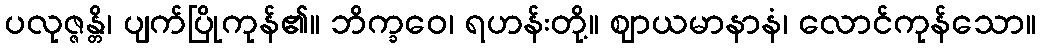
ပလုဇ္ဇန္တိ၊ ပျက်ပြိုကုန်၏။ ဘိက္ခဝေ၊ ရဟန်းတို့။ ဈာယမာနာနံ၊ လောင်ကုန်သော။